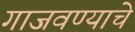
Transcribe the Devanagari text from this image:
गाजवण्याचे